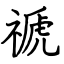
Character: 禠